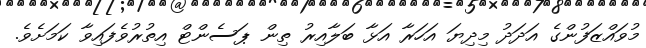
މުވައްޒަފުންގެ އަދަދު މިދިޔަ އަހަރާ އަޅާ ބަލާއިރު ތިން ޕަސެންޓް އިތުރުވެފައިވާ ކަމަށެވެ.